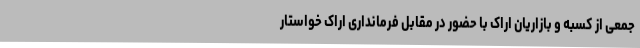
جمعی از کسبه و بازاریان اراک با حضور در مقابل فرمانداری اراک خواستار